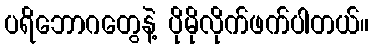
ပရိဘောဂတွေနဲ့ ပိုမိုလိုက်ဖက်ပါတယ်။